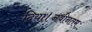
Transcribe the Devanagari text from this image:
दिया।नवीनतम